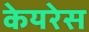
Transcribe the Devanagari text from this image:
केयरेस